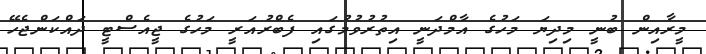
މީރާއިން ބުނީ މިދިޔަ މަހުގެ އާމްދަނީ އިތުރުވުމުގައި ފެބްރުއަރީ މަހުގެ ޖީއެސްޓީ ދައްކަންޖެހޭ